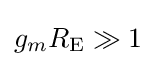
g_{m}R_{\text{E}}\gg 1